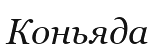
Коньяда